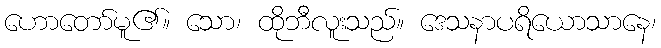
ဟောတော်မူ၏။ သော၊ ထိုဘီလူးသည်။ ဒေသနာပရိယောသာနေ၊